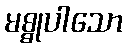
မစ္စုပါသော